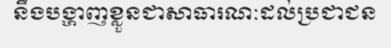
នឹងបង្ហាញខ្លួនជាសាធារណៈដល់ប្រជាជន